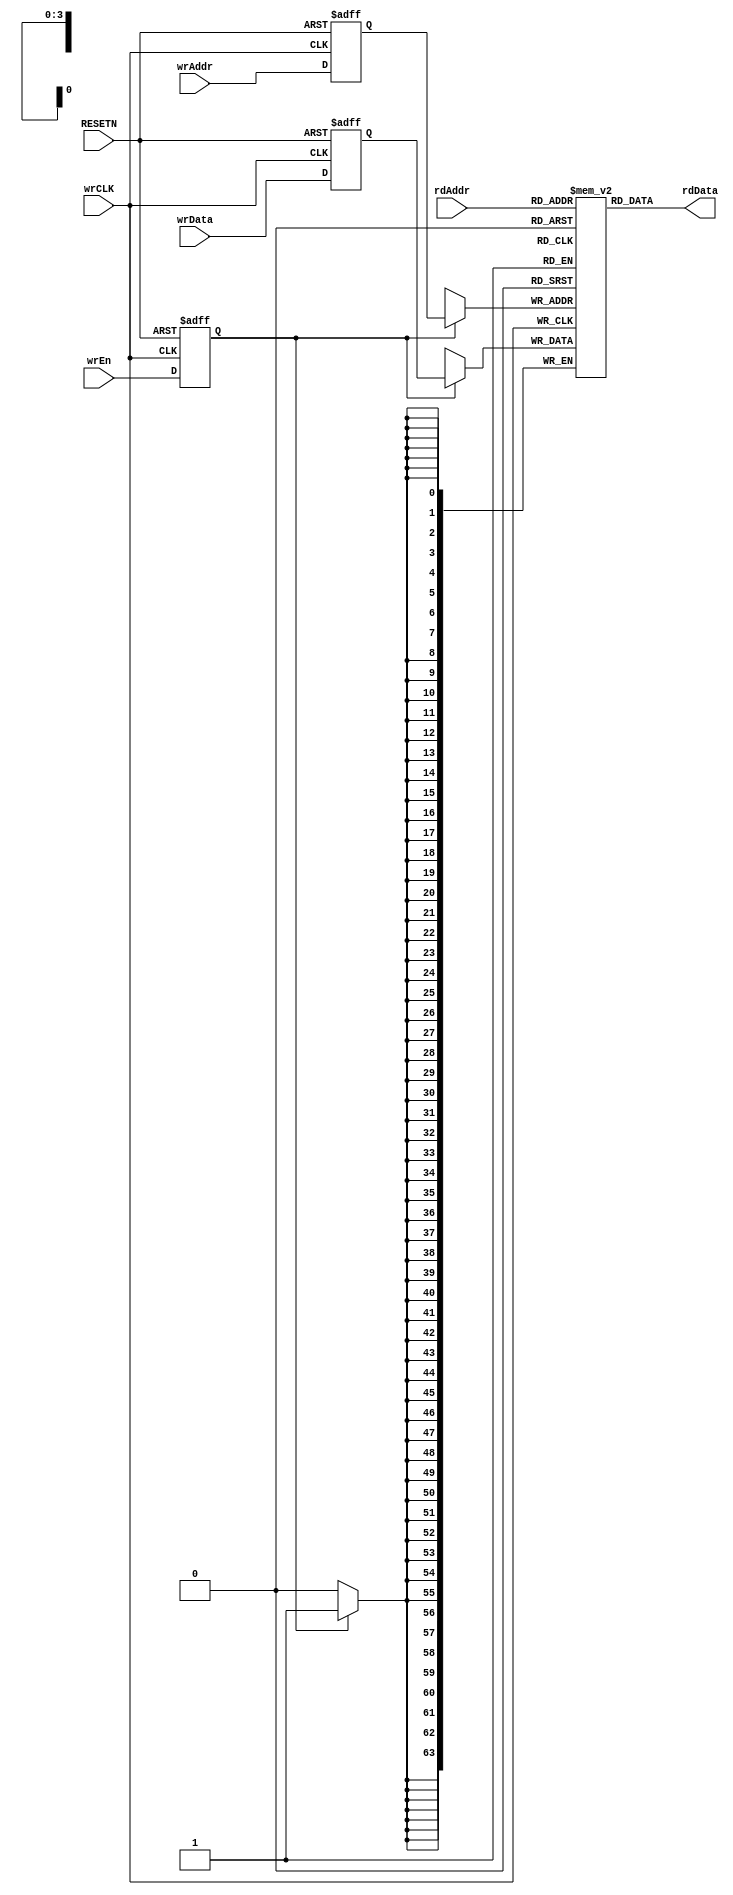
// ****************************************************************************/
// Microsemi Corporation Proprietary and Confidential
// Copyright 2015 Microsemi Corporation.  All rights reserved.
//
// ANY USE OR REDISTRIBUTION IN PART OR IN WHOLE MUST BE HANDLED IN
// ACCORDANCE WITH THE MICROSEMI LICENSE AGREEMENT AND MUST BE APPROVED
// IN ADVANCE IN WRITING.
//
// Description: 
//
// SVN Revision Information:
// SVN $Revision: 25747 $
// SVN $Date: 2015-12-14 03:02:25 +0000 (Mon, 14 Dec 2015) $
//
// Resolved SARs
// SAR      Date     Who   Description
//
// Notes:
//
// ****************************************************************************/
module COREAXITOAHBL_RAM_syncWrAsyncRd (
                // Inputs
                wrCLK,
                RESETN,
                wrEn,
                wrAddr,
                wrData,
                rdAddr,
                
                // Outputs
                rdData
               );

input           wrCLK;
input           RESETN;
input           wrEn;
input   [3:0]   wrAddr;
input   [63:0]  wrData;
input   [3:0]   rdAddr;

output  [63:0]  rdData;

////////////////////////////////////////////////////////////////////////////////
// RAM Inference
////////////////////////////////////////////////////////////////////////////////
reg     [63:0]  mem [15:0];     
reg     [3:0]   wrAddrReg;
reg     [63:0]  wrDataReg;
reg             wrEnReg;

always @ (posedge wrCLK or negedge RESETN)
begin
    if (!RESETN)
    begin
        wrAddrReg <= 4'b0;
        wrDataReg <= 64'b0;
        wrEnReg <= 1'b0;
    end
    else
    begin
        wrAddrReg <= wrAddr;
        wrDataReg <= wrData;
        wrEnReg <= wrEn;
    end
end

// Synchronous write
always @ (posedge wrCLK)
begin
    if (wrEnReg)
        mem[wrAddrReg] <= wrDataReg;
end

// Asynchronous read
assign rdData = mem[rdAddr];

endmodule // COREAXITOAHBL_RAM_syncWrAsyncRd